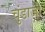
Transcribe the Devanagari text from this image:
चुंडाजी